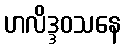
ဟလိဒ္ဒဝသနေ